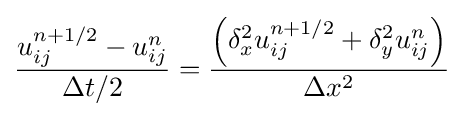
{u_{ij}^{n+1/2}-u_{ij}^{n} \over \Delta t/2}={\left(\delta _{x}^{2}u_{ij}^{n+1/2}+\delta _{y}^{2}u_{ij}^{n}\right) \over \Delta x^{2}}